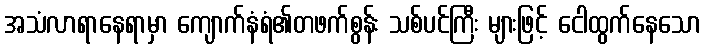
အသံလာရာနေရာမှာ ကျောက်နံရံ၏တဖက်စွန်း သစ်ပင်ကြီး များဖြင့် ငေါထွက်နေသော